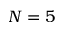
N = 5